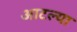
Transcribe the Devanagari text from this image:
आटल्या